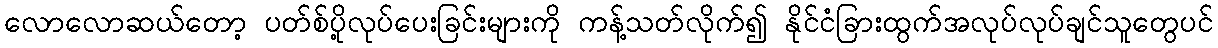
လောလောဆယ်တော့ ပတ်စ်ပို့လုပ်ပေးခြင်းများကို ကန့်သတ်လိုက်၍ နိုင်ငံခြားထွက်အလုပ်လုပ်ချင်သူတွေပင်